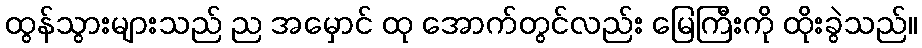
ထွန်သွားများသည် ည အမှောင် ထု အောက်တွင်လည်း မြေကြီးကို ထိုးခွဲသည်။